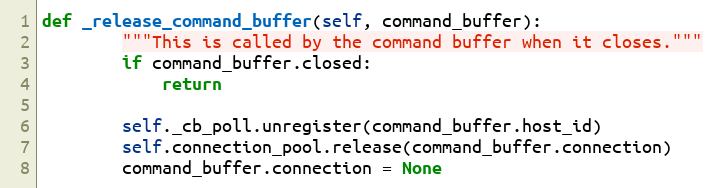
Language: Python
def _release_command_buffer(self, command_buffer):
        """This is called by the command buffer when it closes."""
        if command_buffer.closed:
            return

        self._cb_poll.unregister(command_buffer.host_id)
        self.connection_pool.release(command_buffer.connection)
        command_buffer.connection = None